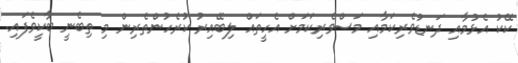
ކޭކު އެޅުމާއި ދަނޑުވެރިކަމާއި މަސްވެރިކަމަށް އެހީތައް ލިބޭއިރު ކުރެހުންތެރިން މި ތިބެނީ ބާކީވެފައި.